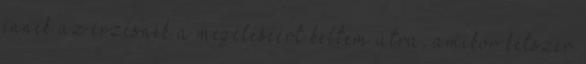
ennek az érzésnek a megéléséért keltem útra, amikor kétszer